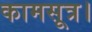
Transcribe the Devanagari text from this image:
कामसूत्र।